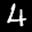
Label: 4